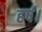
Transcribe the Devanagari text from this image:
हर्ष।